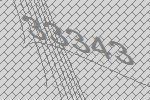
33343